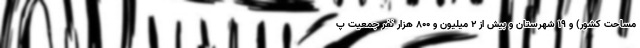
مساحت کشور) و ۱۹ شهرستان و بیش از ۲ میلیون و ۸۰۰ هزار نفر جمعیت پ